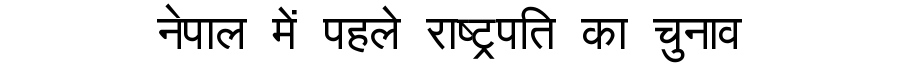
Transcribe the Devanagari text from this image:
नेपाल में पहले राष्ट्रपति का चुनाव